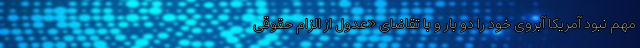
مهم نبود آمریکا آبروی خود را دو بار و با تقاضای «عدول از الزام حقوقی